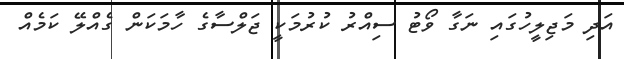
އަދި މަޖިލީހުގައި ނަގާ ވޯޓު ސިއްރު ކުރުމަކީ ޖަލްސާގެ ހާމަކަން ގެއްލޭ ކަމެއް